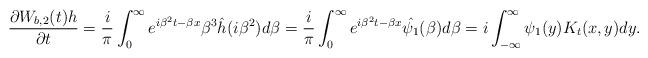
LaTeX: \begin{align*}\frac{\partial W_{b,2} (t )h}{\partial t} &= \frac{i}{\pi} \int^{\infty}_0 e^{i\beta ^2 t-\beta x}{\beta^3} \hat{h}(i\beta ^2) d\beta= \frac{i}{\pi} \int ^{\infty }_0 e^{i\beta ^2t-\beta x} \hat{\psi_1} (\beta ) d\beta = i\int ^{\infty }_{-\infty } \psi _1 (y)K_t(x,y)dy.\end{align*}